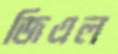
জিএল